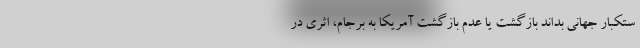
ستکبار جهانی بداند بازگشت یا عدم بازگشت آمریکا به برجام، اثری در